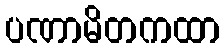
ပဏာမိတကထာ